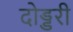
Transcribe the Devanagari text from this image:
दोड्डरी